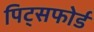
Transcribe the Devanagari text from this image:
पिट्सफोर्ड